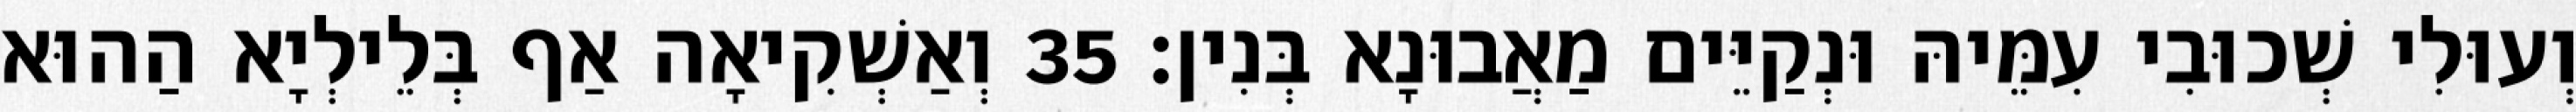
וְעוּלִי שְׁכוּבִי עִמֵּיהּ וּנְקַיֵּים מַאֲבוּנָא בְּנִין׃ 35 וְאַשְׁקִיאָה אַף בְּלֵילְיָא הַהוּא